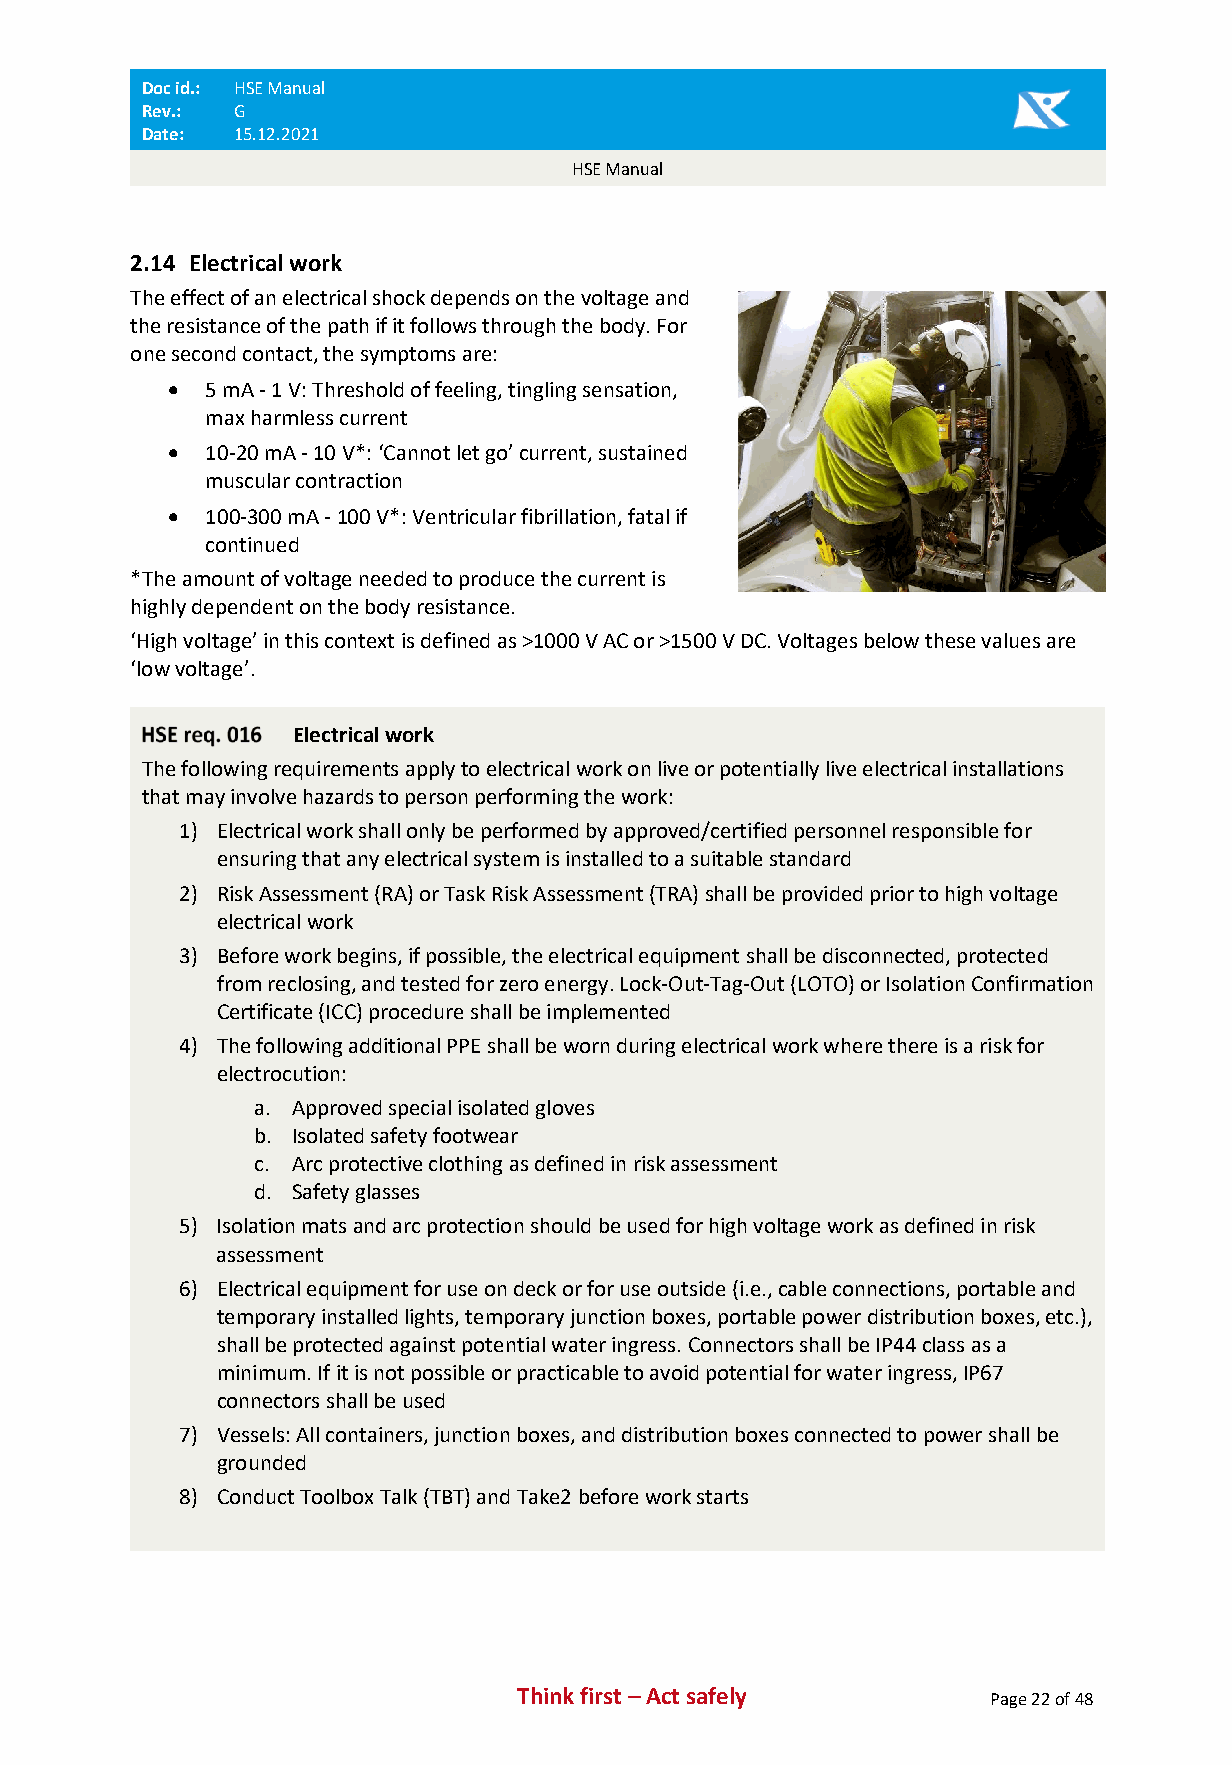
Doc id.: HSE Manual
 Rev.: G
 Date: 15.12.2021
 HSE Manual
 2.14 Electrical work
 The effect of an electrical shock depends on the voltage and
 the resistance of the path if it follows through the body. For
 one second contact, the symptoms are:
 • 5 mA - 1 V: Threshold of feeling, tingling sensation,
 max harmless current
 • 10-20 mA - 10 V*: ‘Cannot let go’ current, sustained
 muscular contraction
 • 100-300 mA - 100 V*: Ventricular fibrillation, fatal if
 continued
 *The amount of voltage needed to produce the current is
 highly dependent on the body resistance.
 ‘High voltage’ in this context is defined as >1000 V AC or >1500 V DC. Voltages below these values are
 ‘low voltage’.
 Electrical work
 The following requirements apply to electrical work on live or potentially live electrical installations
 that may involve hazards to person performing the work:
 1) Electrical work shall only be performed by approved/certified personnel responsible for
 ensuring that any electrical system is installed to a suitable standard
 2) Risk Assessment (RA) or Task Risk Assessment (TRA) shall be provided prior to high voltage
 electrical work
 3) Before work begins, if possible, the electrical equipment shall be disconnected, protected
 from reclosing, and tested for zero energy. Lock-Out-Tag-Out (LOTO) or Isolation Confirmation
 Certificate (ICC) procedure shall be implemented
 4) The following additional PPE shall be worn during electrical work where there is a risk for
 electrocution:
 a. Approved special isolated gloves
 b. Isolated safety footwear
 c. Arc protective clothing as defined in risk assessment
 d. Safety glasses
 5) Isolation mats and arc protection should be used for high voltage work as defined in risk
 assessment
 6) Electrical equipment for use on deck or for use outside (i.e., cable connections, portable and
 temporary installed lights, temporary junction boxes, portable power distribution boxes, etc.),
 shall be protected against potential water ingress. Connectors shall be IP44 class as a
 minimum. If it is not possible or practicable to avoid potential for water ingress, IP67
 connectors shall be used
 7) Vessels: All containers, junction boxes, and distribution boxes connected to power shall be
 grounded
 8) Conduct Toolbox Talk (TBT) and Take2 before work starts
 Think first – Act safely       Page 22 of 48